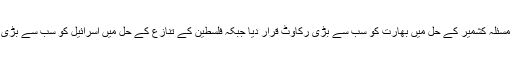
ملیحہ لودھی نے مسئلہ کشمیر کے حل میں بھارت کو سب سے بڑی رکاوٹ قرار دیا جبکہ فلسطین کے تنازع کے حل میں اسرائیل کو سب سے بڑی رکاوٹ قرار دیا۔